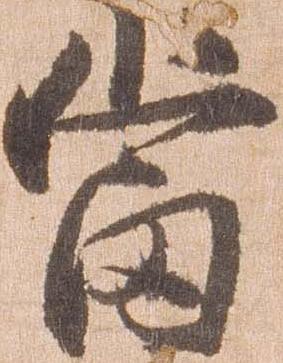
当